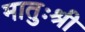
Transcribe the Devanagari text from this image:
मातुःश्री